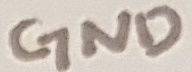
Text: GND